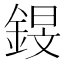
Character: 𰼸